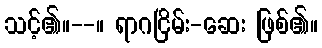
သင့်၏။--။ ရာဂငြိမ်း-ဆေး ဖြစ်၏။